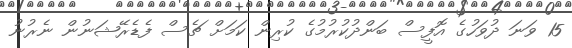
15 ވަނަ ދުވަހުގެ އޮފީސް ބަންދުކުރުމުގެ ކުރިން ކަމަށް ޗެސް ފެޑެރޭޝަނުން ނެރުނު